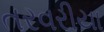
તરવરીયા